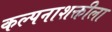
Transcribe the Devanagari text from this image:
कल्पनाशक्तीला